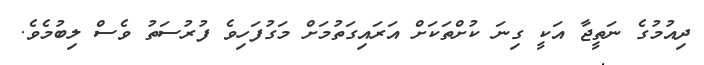
ދިއުމުގެ ނަތީޖާ އަކީ ގިނަ ކުށްތަކަށް އަރައިގަތުމަށް މަގުފަހިވެ ފުރުސަތު ވެސް ލިބުމެވެ.